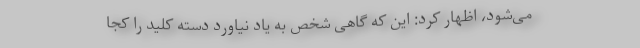
می‌شود، اظهار کرد: این که گاهی شخص به یاد نیاورد دسته کلید را کجا